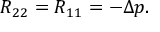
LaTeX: R _ { 2 2 } = R _ { 1 1 } = - \Delta p .